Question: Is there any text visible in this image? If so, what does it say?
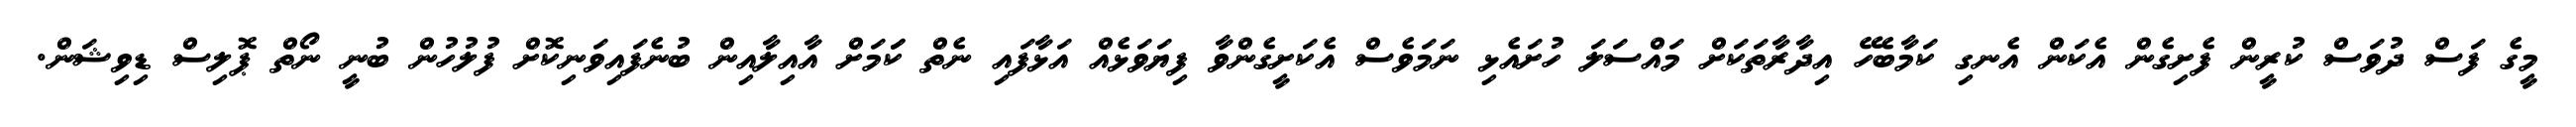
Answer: މީގެ ފަސް ދުވަސް ކުރީން ފެށިގެން އެކަން އެނގި ކަމާބެހޭ އިދާރާތަކަށް މައްސަލަ ހުށައެޅި ނަމަވެސް އެކަށީގެންވާ ފިޔަވަޅެއް އަޅާފައި ނެތް ކަަމަށް އާއިލާއިން ބުނެފައިވަނިކޮށް ފުލުހުން ބުނީ ނޯތް ޕޮލިސް ޑިވިޝަން.